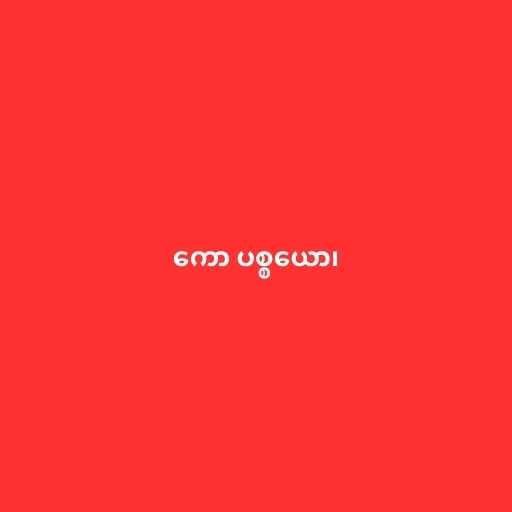
ကော ပစ္စယော၊